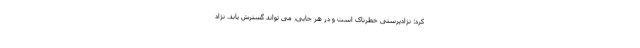
کرد: نژادپرستی خطرناک است و در هر جایی، می تواند گسترش یابد. نژاد